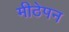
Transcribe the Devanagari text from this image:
मीठेपन